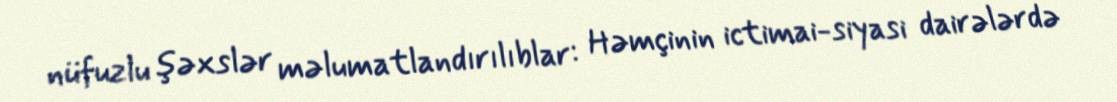
nüfuzlu şəxslər məlumatlandırılıblar: Həmçinin ictimai-siyasi dairələrdə